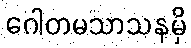
ဂေါတမသာသနမှိ